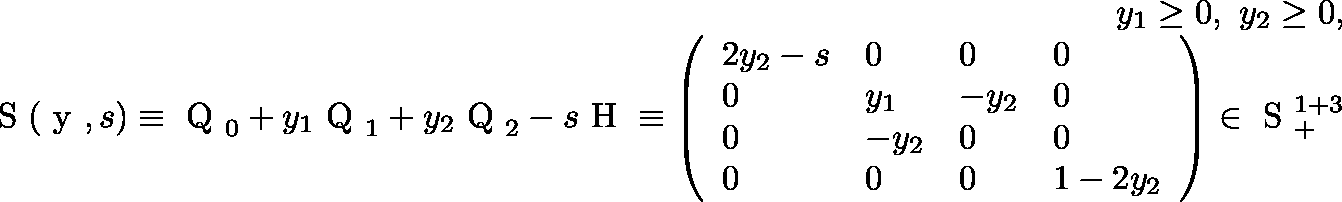
\begin{array} { r l r } & { } & { y _ { 1 } \geq 0 , \ y _ { 2 } \geq 0 , } \\ & { } & { \mathrm { \boldmath ~ S ~ } ( \mathrm { \boldmath ~ y ~ } , s ) \equiv \mathrm { \boldmath ~ Q ~ } _ { 0 } + y _ { 1 } \mathrm { \boldmath ~ Q ~ } _ { 1 } + y _ { 2 } \mathrm { \boldmath ~ Q ~ } _ { 2 } - s \mathrm { \boldmath ~ H ~ } \equiv \left( \begin{array} { l l l l } { 2 y _ { 2 } - s } & { 0 } & { 0 } & { 0 } \\ { 0 } & { y _ { 1 } } & { - y _ { 2 } } & { 0 } \\ { 0 } & { - y _ { 2 } } & { 0 } & { 0 } \\ { 0 } & { 0 } & { 0 } & { 1 - 2 y _ { 2 } } \end{array} \right) \in \mathrm { ~ \mathbb { S } ~ } _ { + } ^ { 1 + 3 } } \end{array}